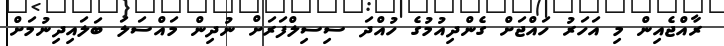
ރާއްޖެއިން މި އަހަރު ހައްޖަށް ގެންދިއުމުގެ ހުއްދަ ސިސިލްފަރަށް ނުދިން މައްސަލަ ބަލައިދިނުމަށް